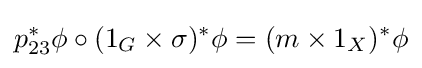
p_{23}^{*}\phi \circ (1_{G}\times \sigma )^{*}\phi =(m\times 1_{X})^{*}\phi